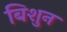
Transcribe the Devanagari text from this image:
बिशुन